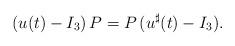
LaTeX: \begin{align*} (u(t) - I_3 ) \, P = P \, (u^\sharp(t) - I_3) . \end{align*}